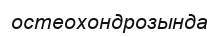
остеохондрозында